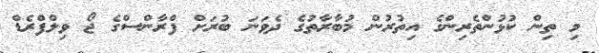
މި ތިން ކުޅުންތެރިންގެ އިތުރުން މުބާރާތުގެ ދެވަނަ ބުރަށް ފްރާންސްގެ ޖޯ ވިލްފްރެޑް